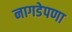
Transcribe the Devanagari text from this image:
नागडेपणा